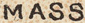
MASS